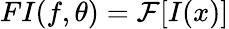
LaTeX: FI(f,\theta)=\mathcal{F}[I(x)]